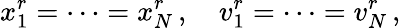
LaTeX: x_{1}^{r}=\cdots=x_{N}^{r}\, ,\quad v_{1}^{r}=\cdots=v_{N}^{r}\, ,